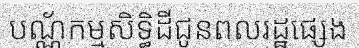
បណ្ណ័កម្មសិទ្ធិដីជូនពលរដ្ឋផ្សេង